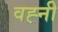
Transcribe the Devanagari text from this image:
वह्नी